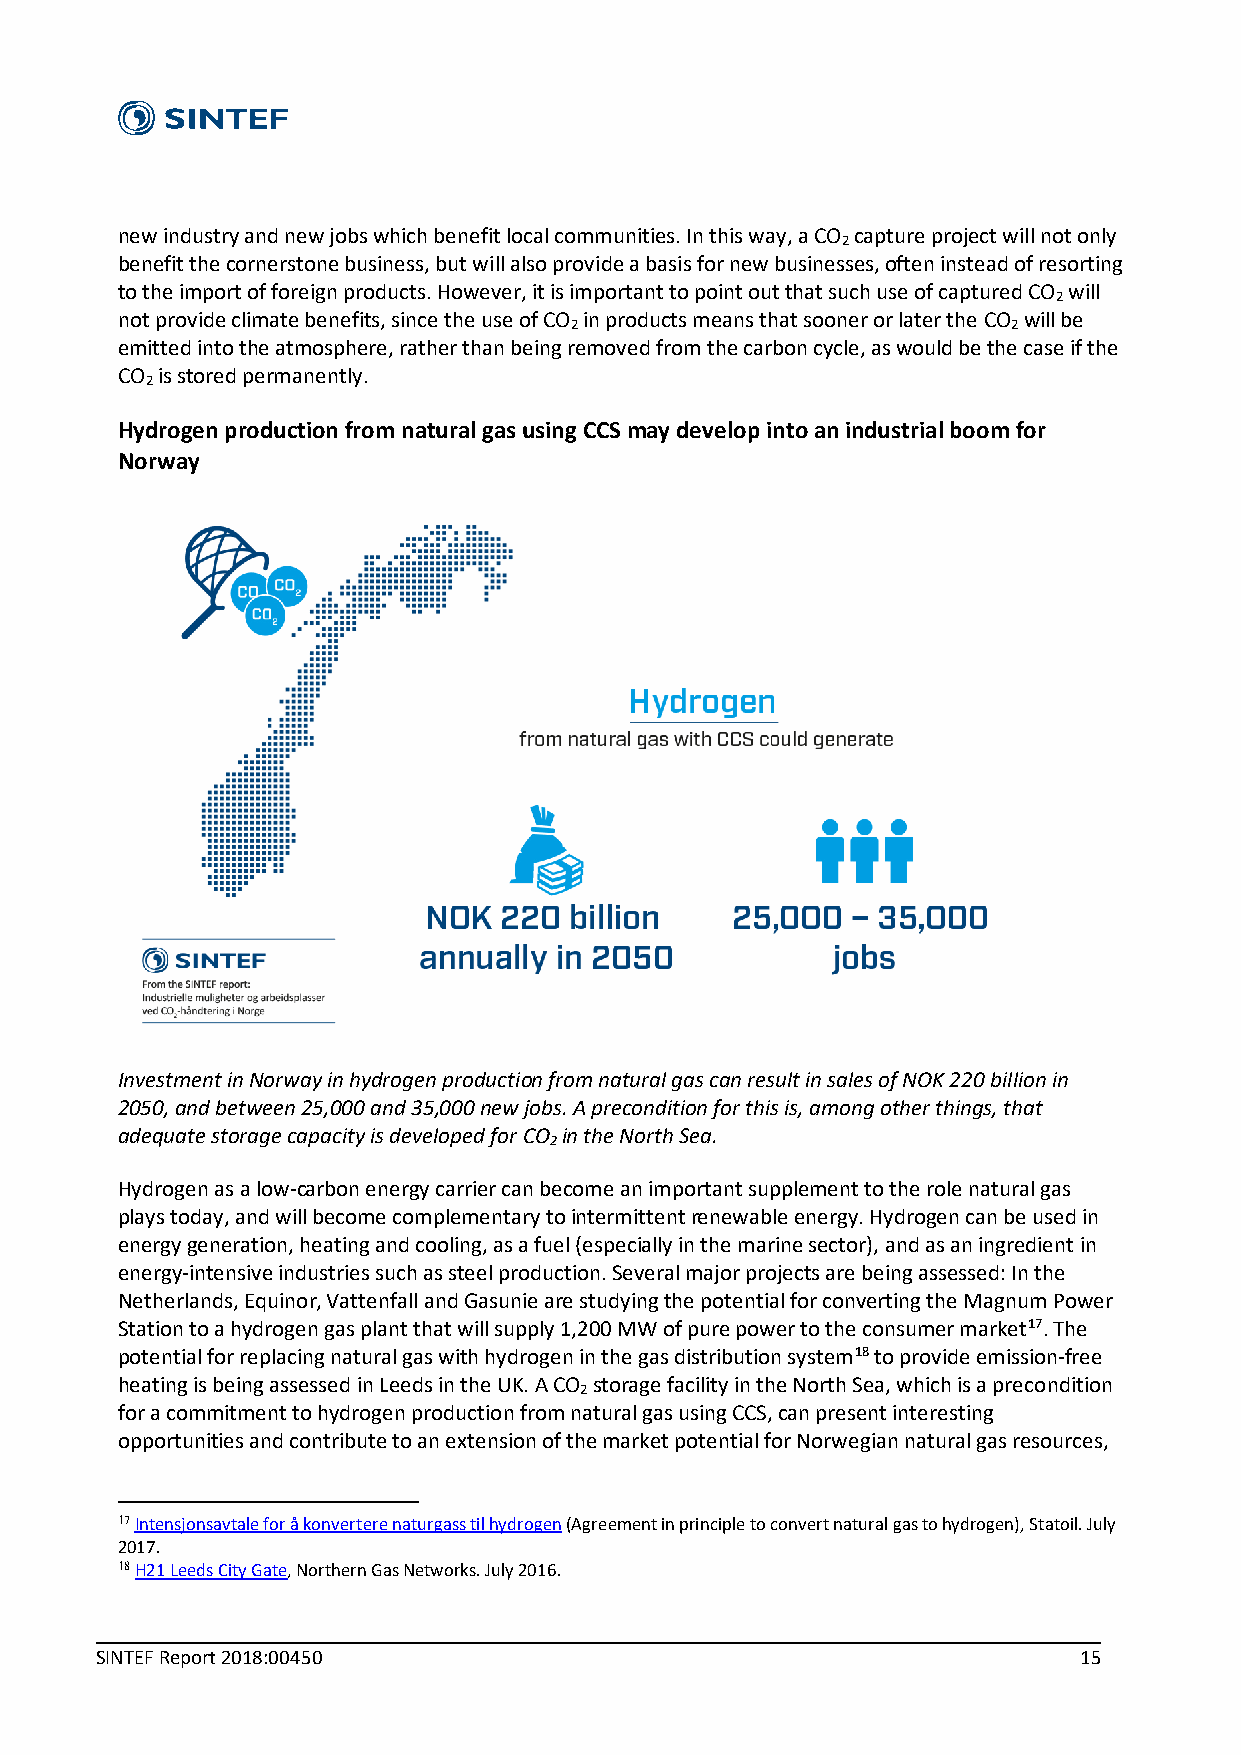
new industry and new jobs which benefit local communities. In this way, a CO capture project will not only
 2
 benefit the cornerstone business, but will also provide a basis for new businesses, often instead of resorting
 to the import of foreign products. However, it is important to point out that such use of captured CO will
 2
 not provide climate benefits, since the use of CO in products means that sooner or later the CO will be
 2                            2
 emitted into the atmosphere, rather than being removed from the carbon cycle, as would be the case if the
 CO is stored permanently.
 2
 Hydrogen production from natural gas using CCS may develop into an industrial boom for
 Norway
 Investment in Norway in hydrogen production from natural gas can result in sales of NOK 220 billion in
 2050, and between 25,000 and 35,000 new jobs. A precondition for this is, among other things, that
 adequate storage capacity is developed for CO in the North Sea.
 2
 Hydrogen as a low-carbon energy carrier can become an important supplement to the role natural gas
 plays today, and will become complementary to intermittent renewable energy. Hydrogen can be used in
 energy generation, heating and cooling, as a fuel (especially in the marine sector), and as an ingredient in
 energy-intensive industries such as steel production. Several major projects are being assessed: In the
 Netherlands, Equinor, Vattenfall and Gasunie are studying the potential for converting the Magnum Power
 Station to a hydrogen gas plant that will supply 1,200 MW of pure power to the consumer market17. The
 potential for replacing natural gas with hydrogen in the gas distribution system18 to provide emission-free
 heating is being assessed in Leeds in the UK. A CO storage facility in the North Sea, which is a precondition
 2
 for a commitment to hydrogen production from natural gas using CCS, can present interesting
 opportunities and contribute to an extension of the market potential for Norwegian natural gas resources,
 17 Intensjonsavtale for å konvertere naturgass til hydrogen (Agreement in principle to convert natural gas to hydrogen), Statoil. July
 2017.
 18 H21 Leeds City Gate, Northern Gas Networks. July 2016.
 SINTEF Report 2018:00450                                         15